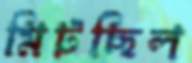
মিটছিল